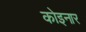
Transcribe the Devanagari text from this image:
कोइनार